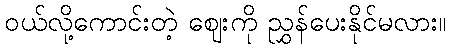
ဝယ်လို့ကောင်းတဲ့ ဈေးကို ညွှန်ပေးနိုင်မလား။